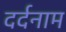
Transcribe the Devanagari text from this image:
दर्दनाम